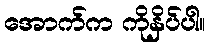
အောက်က ကိုနှိပ်ပါ။